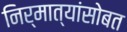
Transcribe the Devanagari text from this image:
निर्मात्यांसोबत